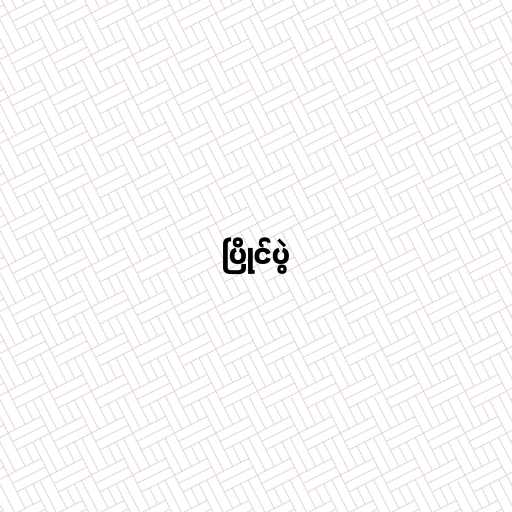
ပြိုင်ပွဲ